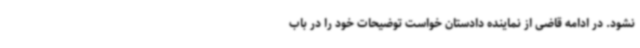
نشود. در ادامه قاضی از نماینده دادستان خواست توضیحات خود را در باب